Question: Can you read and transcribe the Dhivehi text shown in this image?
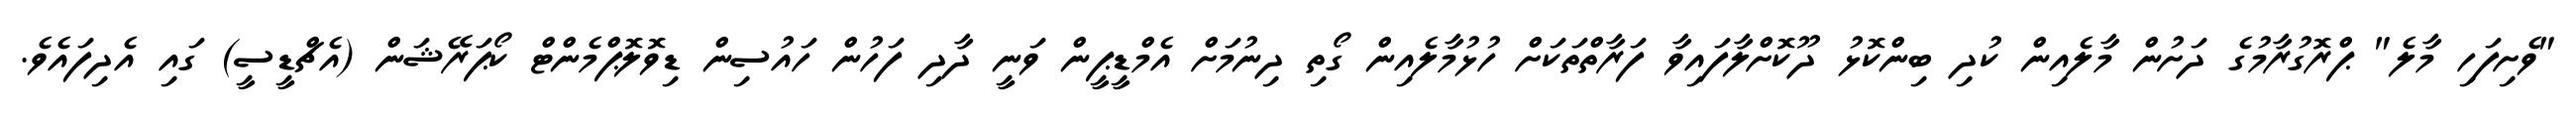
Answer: "ވެށިފަހި މާލެ" ޕްރޮގުރާމުގެ ދަށުން މާލެއިން ކުދި ބިންކޮޅު ދޫކޮށްލާފައިވާ ފަރާތްތަކަށް ހުޅުމާލެއިން ގޯތި ދިނުމަށް އެމްޑީޕީން ވަނީ ދާދި ފަހުން ހައުސިން ޑިވޮލޮޕްމެންޓް ކޯޕަރޭޝަން (އެޗްޑީސީ) ގައި އެދިފައެވެ.